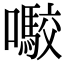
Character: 㘐